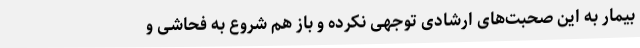
بیمار به این صحبت‌های ارشادی توجهی نکرده و باز هم شروع به فحاشی و